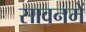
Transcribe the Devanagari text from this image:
सावनमें